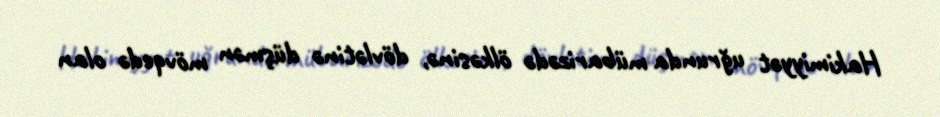
Hakimiyyət uğrunda mübarizədə ölkəsinə, dövlətinə düşmən mövqedə olan